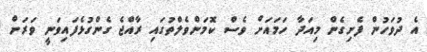
އެ ދުވަހުން ފެށިގެން މިއަދާ ހަމައަށް ވެސް ކޮމަންވެލްތުގައި ރާއްޖެ ގެންގުޅެފައިވަނީ ވަރަށް